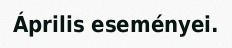
Április eseményei.